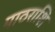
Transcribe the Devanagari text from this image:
पाठराशि